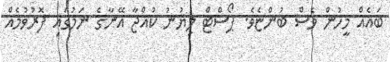
ބައެއް މީހުން ވެސް ބުންޏެވެ. ޕޯސްޓް ލިޔުނު ކުއްޖާ އޭނާގެ ނަމުގައި ފޮރުވުމެއް